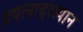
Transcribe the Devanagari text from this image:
प्रयत्नादरम्यान